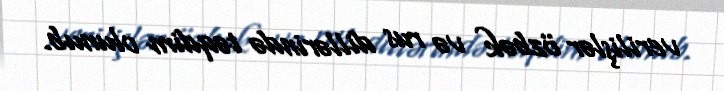
verilişlər özbək və rus dillərində təqdim olunub.